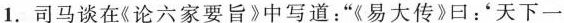
1.司马谈在《论六家要旨》中写道：”《易大传》曰：'天下一